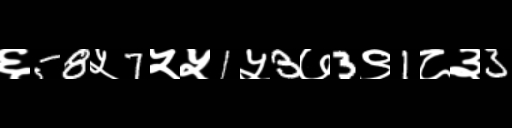
Text: ६58५7५५1५3७3९1८३3